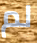
لم